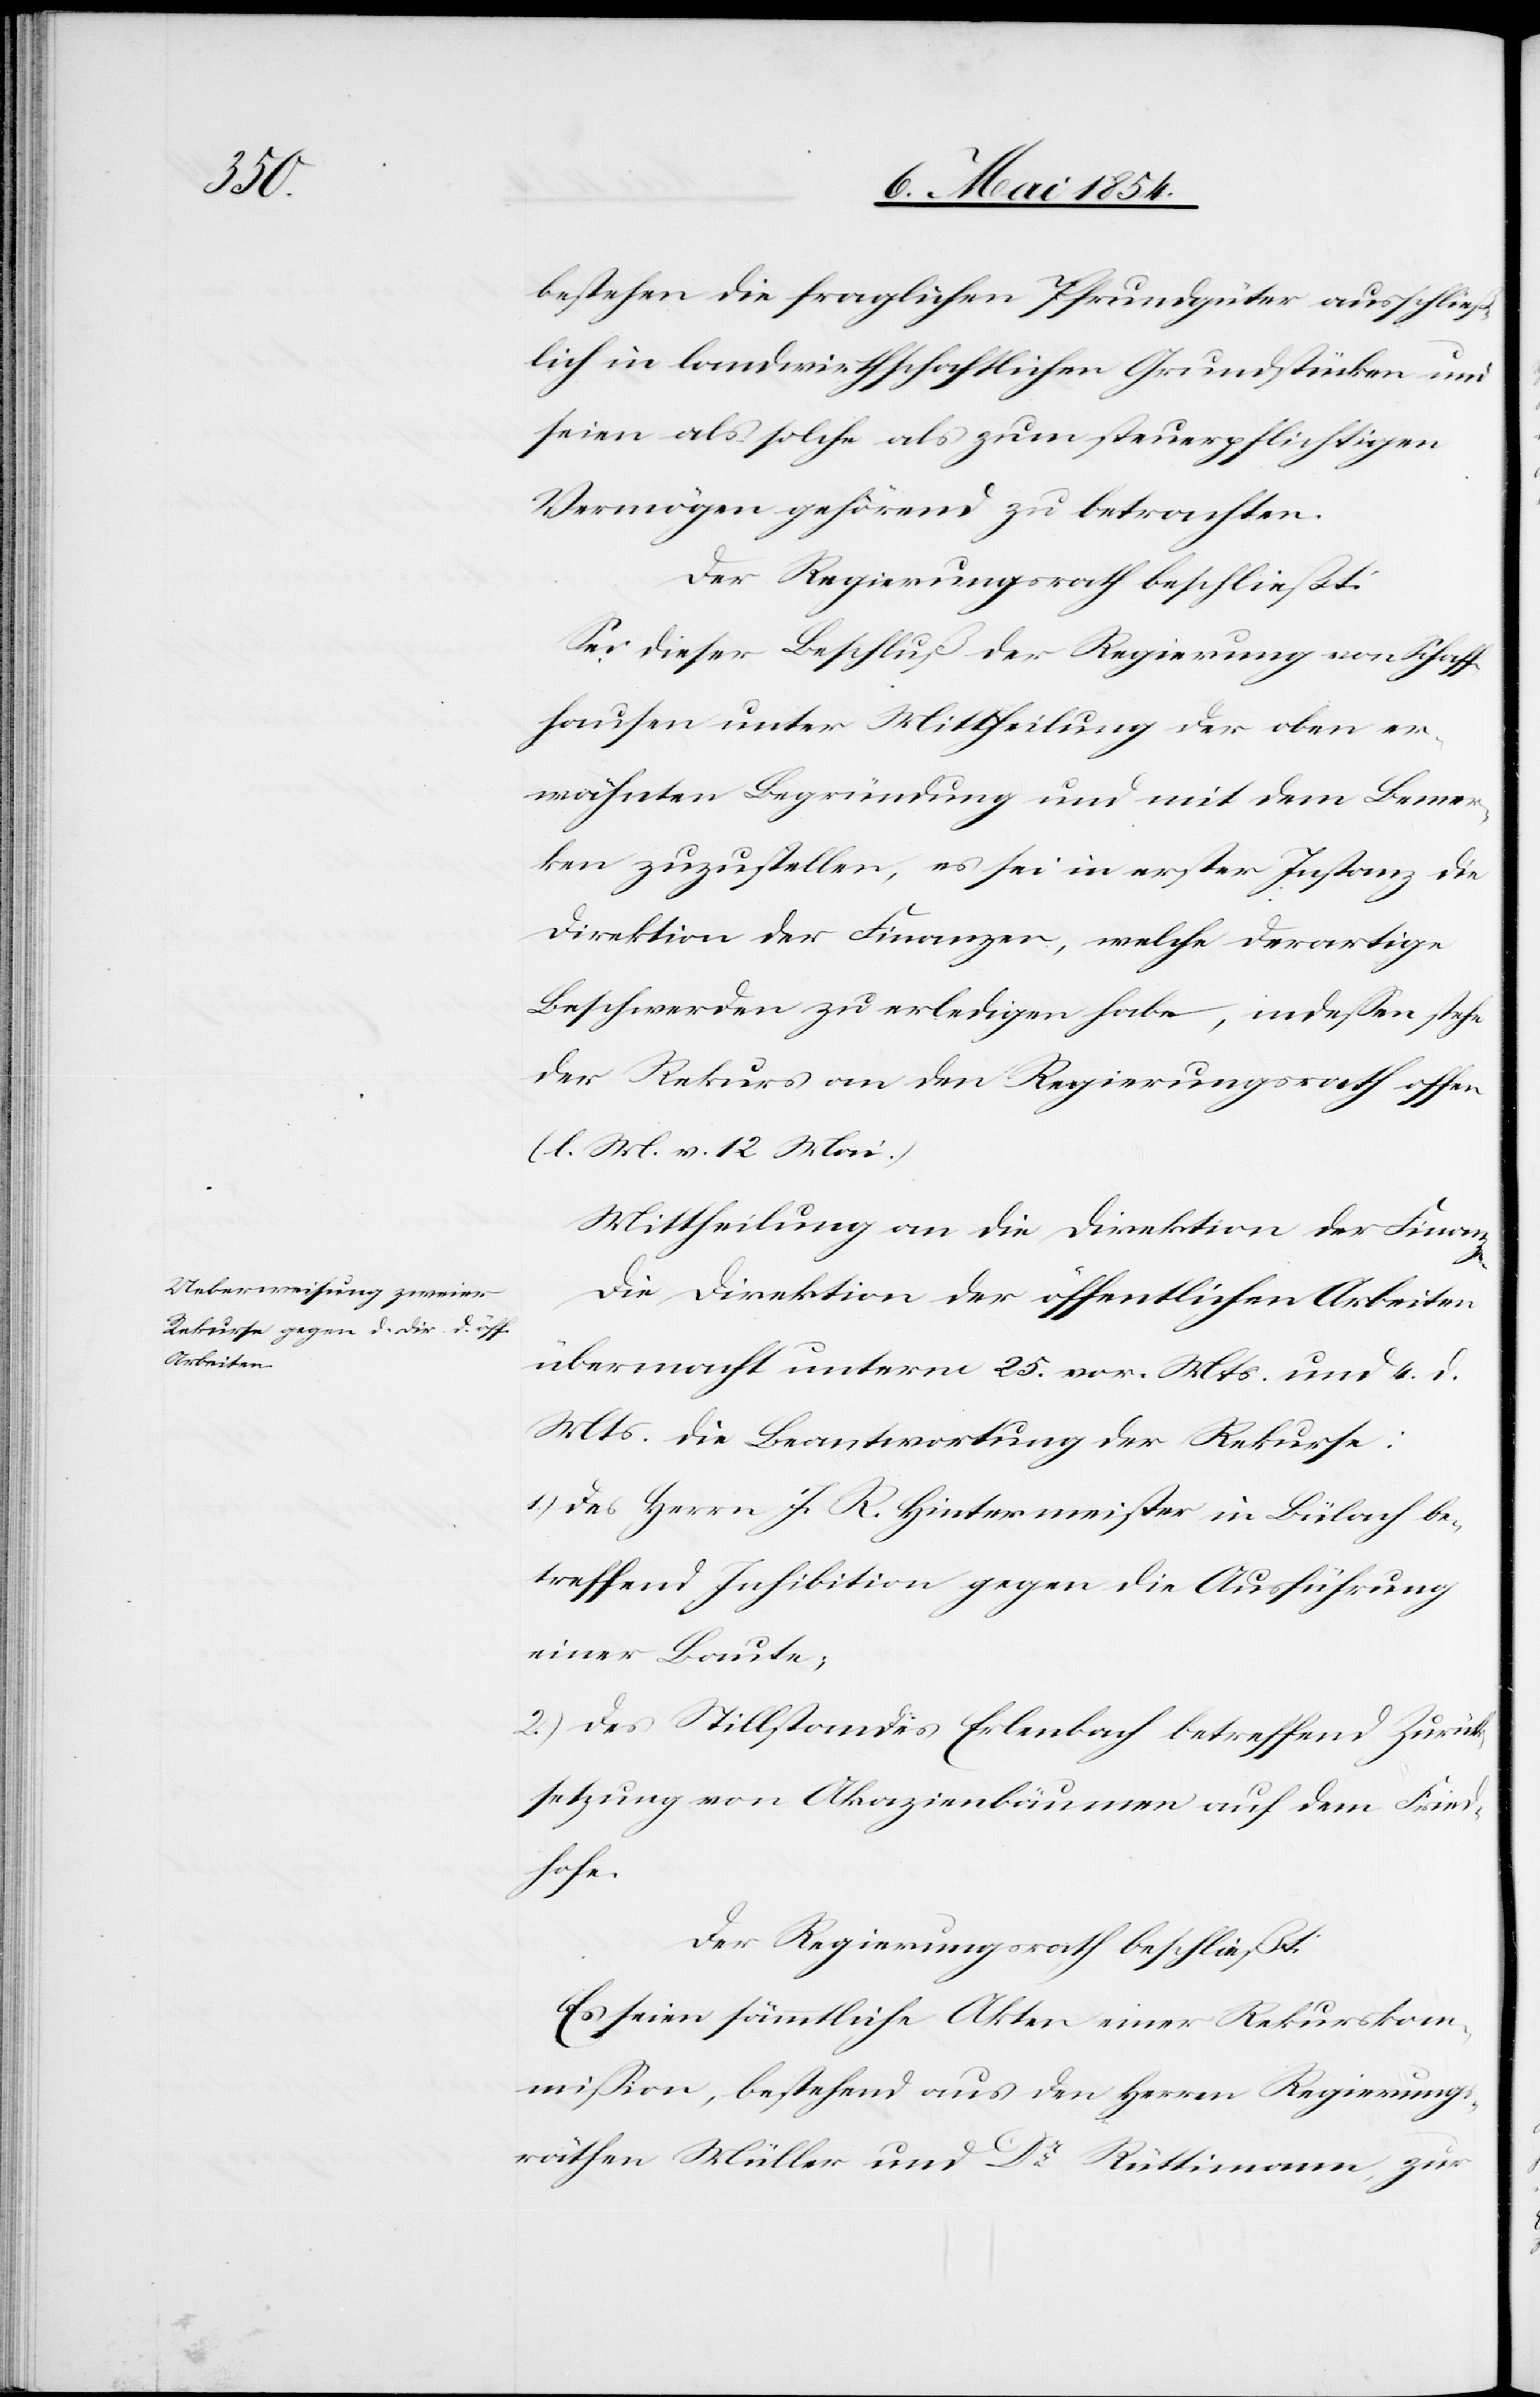
en.

bestehend die fraglichen Pfrundgüter ausschließ¬
lich in landwirthschaftlichen Grundstücken und
seien als solche zum steuerpflichtigen
Vermögen gehörend zu betrachten.
Der Regierungsrath beschließt:
Sei dieser Beschluß der Regierung von Schaff¬
hausen unter Mittheilung der oben er¬
wähnten Begründung und mit dem Bemer¬
ken zuzustellen, es sei in erster Instanz die
Direktion der Finanzen, welche derartige
Beschwerden zu erledigen habe, indeßen stehe
der Rekurs an den Regierungsrath offen
(l. M. v. 12. Mai.)
Mittheilung an die Direktion der Finanz¬
Die Direktion der öffentlichen Arbeiten
übermacht unterm 25. vor. Mts. und 4. d.
Mts. die Beantwortung der Rekurse:
1.) Des Herrn J. R. Hintermeister in Bülach be¬
treffend Inhibition gegen die Ausführung
einer Baute;
2.) Des Stillstandes Erlenbach betreffend Zurück¬
setzung von Akazienbäumen auf dem Fried¬
hofe.
Der Regierungsrath beschließt:
Es seien sämmtliche Akten einer Rekurskom¬
mißion, bestehend aus den Herren Regierungs¬
räthen Müller und Dr Rüttimann, zur